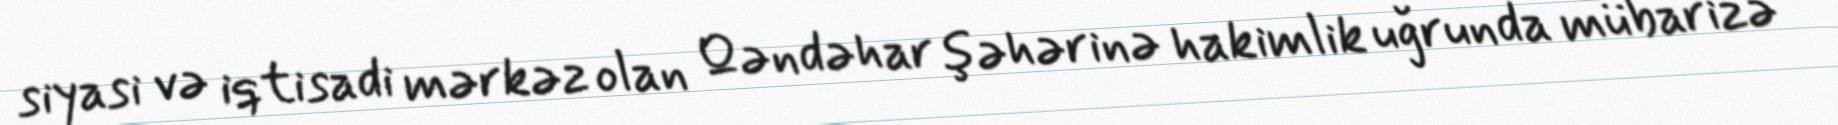
siyasi və iqtisadi mərkəz olan Qəndəhar şəhərinə hakimlik uğrunda mübarizə